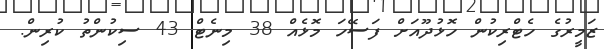
ޒަމީރުގެ ހެޓްރިކުން ހޮޅުދޫއަށް ފަސޭހަ މޮޅެއް 38 މިނެޓް 43 ސިކުންތު ކުރިން.